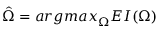
\hat { \Omega } = { a r g m a x } _ { \Omega } E I ( \Omega )